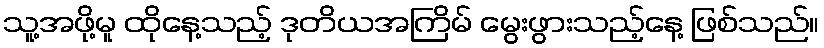
သူ့အဖို့မူ ထိုနေ့သည့် ဒုတိယအကြိမ် မွေးဖွားသည့်နေ့ ဖြစ်သည်။